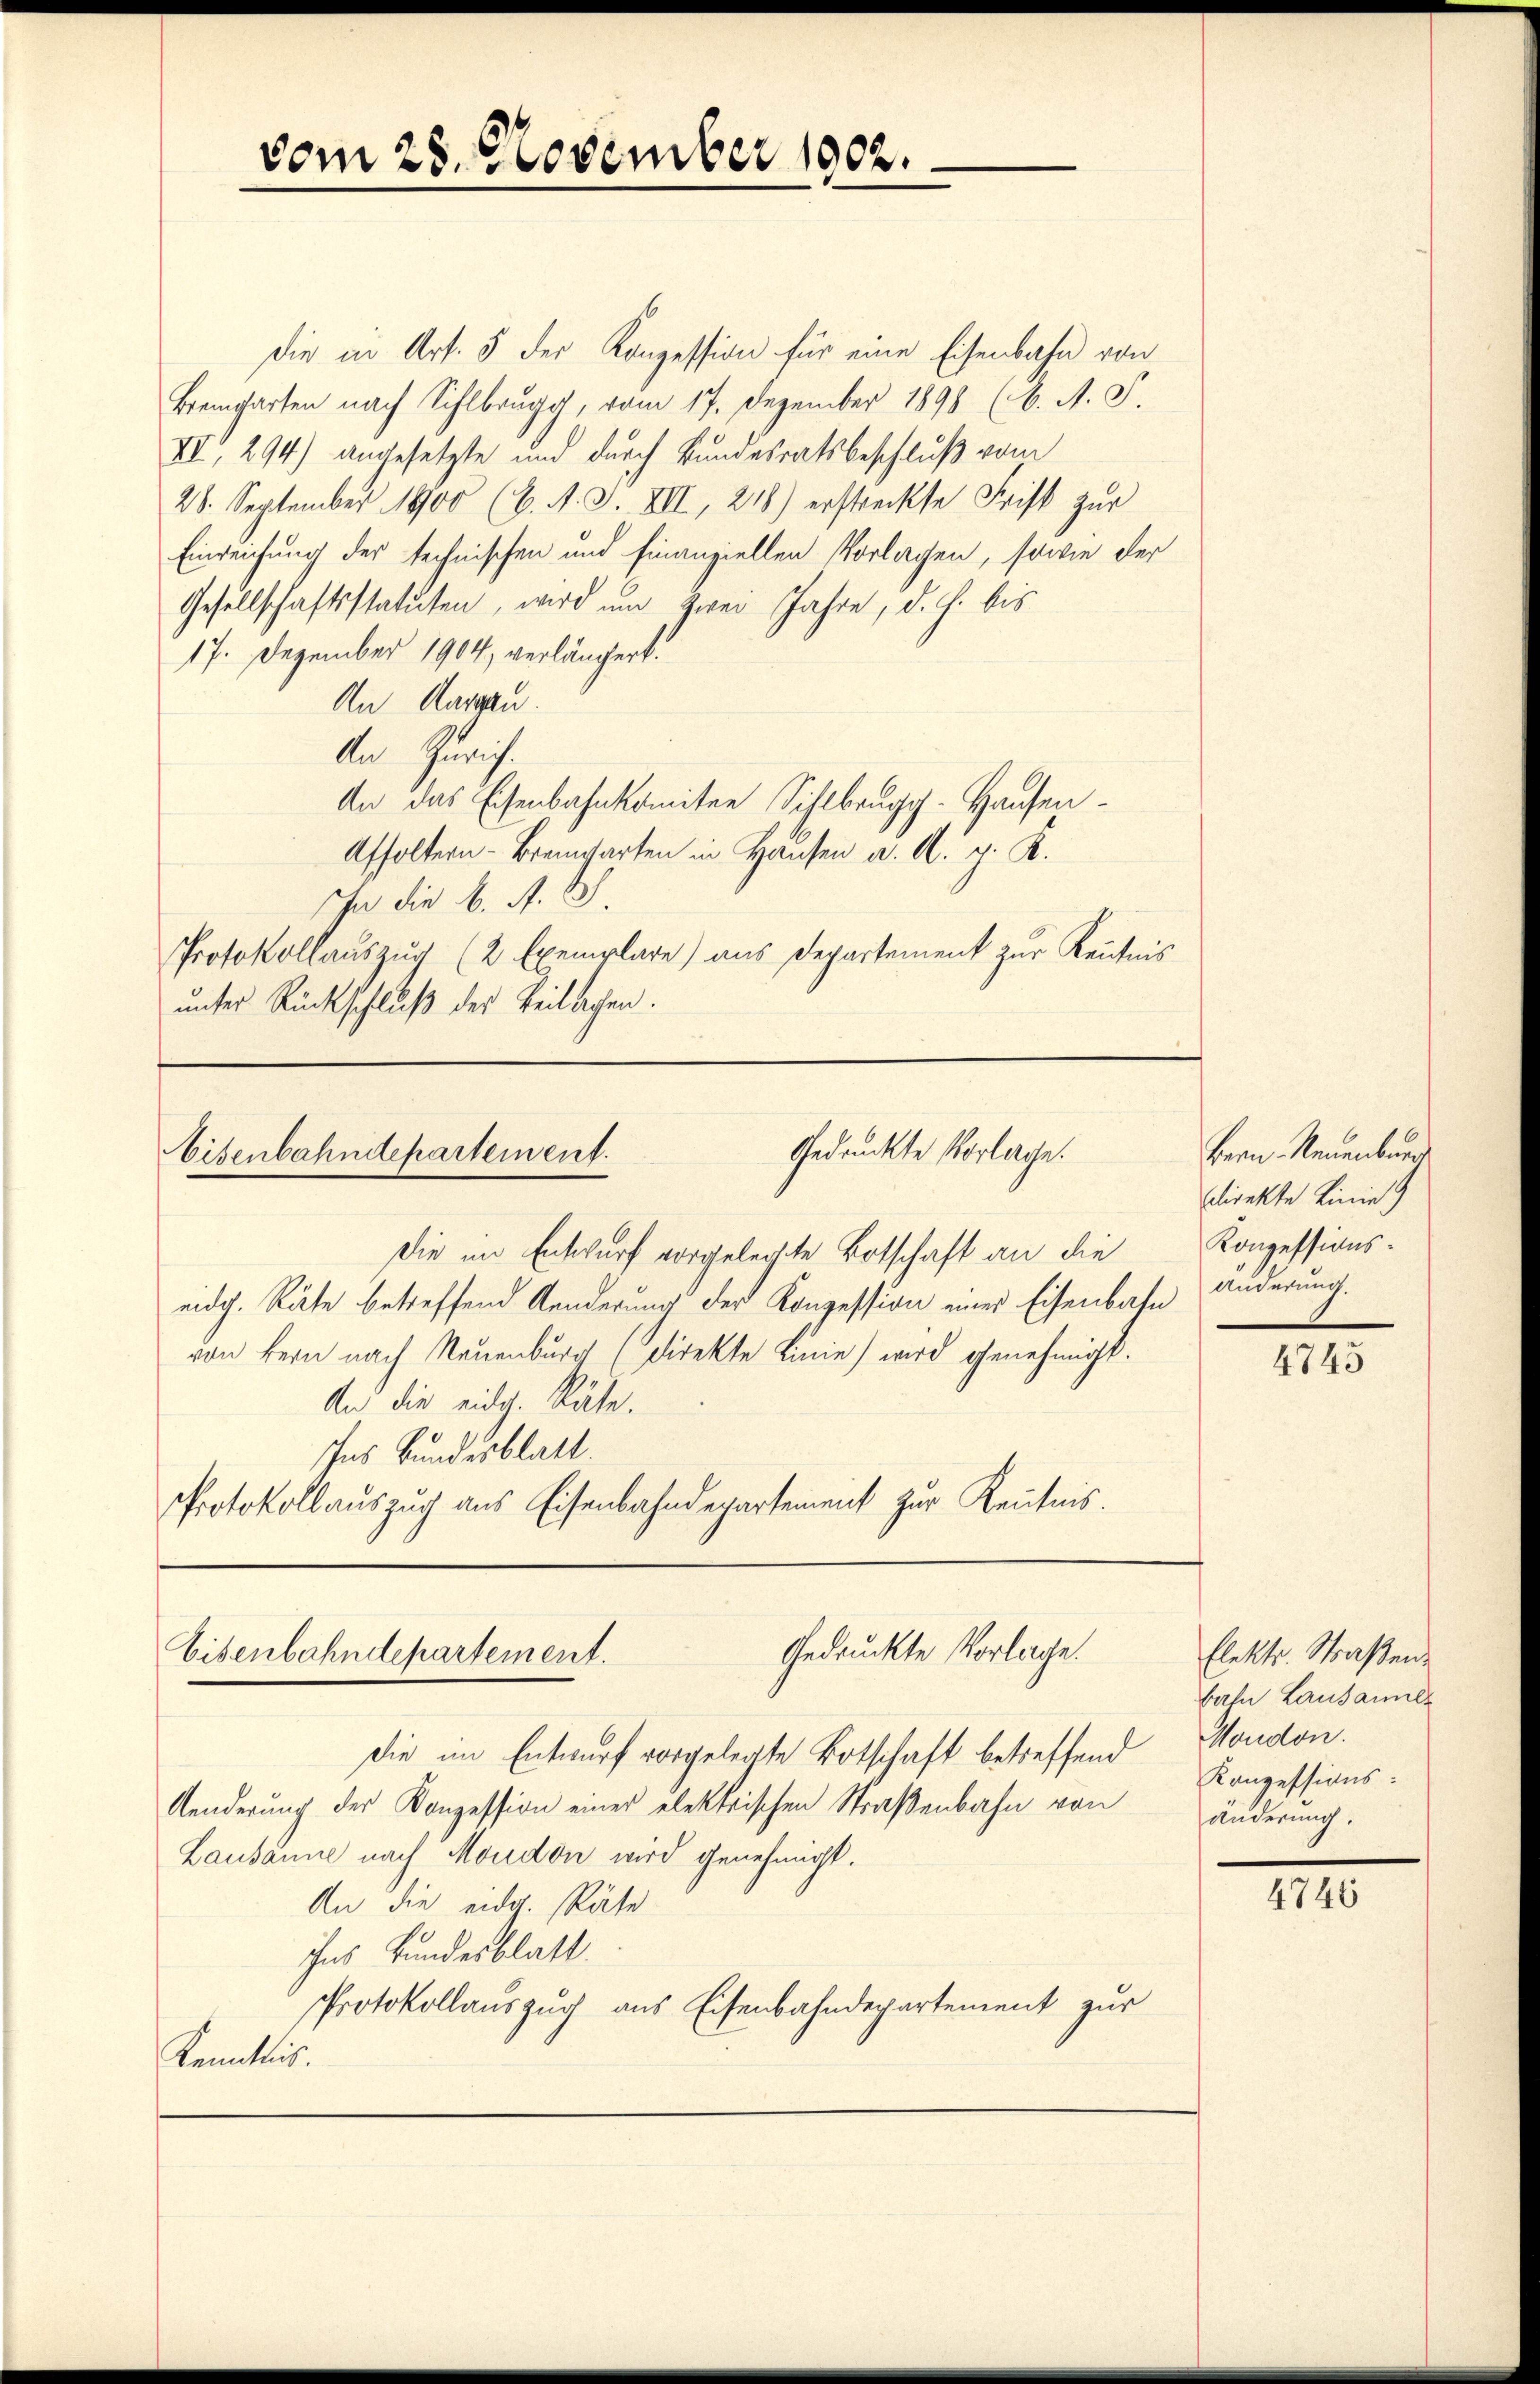
die in Art. 5 der Konzession für eine Eisenbahn von
Bremgarten nach Sihlbrug, vom 17. Dezember 1898 (6. A. S.
VII, 294) angesetzte und durch Bundesratsbeschluß vom
28. September 1900 (6. A. F. VII, 218) erstreckte Frist zur
Einreichung der technischen und finanziellen Vorlagen, sowie der
Gesellschaftsstatuten, wird um zwei Jahre, d. h. bis
17. Dezember 1904, verlängert.
An Aargau.
An Zürich.
An das Eisenbahnkomiten Sihlbrugg. Hausen¬
Affoltern-Brennbarten in Hausen a. A. g. K.
In die K. A. S.
Protokollaŭszŭg (2 Exemplare) aus Departement zŭr Kenntnis
unter Rückschluß des Beilagen.

Gedrückte Vorlage.
Eisenbahndepartement.

Die im Entwurf vorgelegte Botschaft an die
eidg. Räte betreffend Aenderung der Konzession einer Eisenbahn
von kern nach Neuenburg (direkte Linie) wird genehmigt.
An die eidg. Räte.
Ins Bundesblatt.
Protokollauszug aus Eisenbahndepartement zur Kenntnis.

Gedruckte Vorlage.
Eisenbahndepartement.

vom 28. November 1902.

die im Entwurf vorgelegte Botschaft betreffend
Aenderung des Konzession eines elektrischen Straßenbahn von
Lausanne nach Moudon wird genehmigt.
An die eidg. Räte
ihns Bundesblatt.
Protokollauszug aus Eisenbahndepartement zur
Kenntnis.

Bern. Neuenburg
sdirekte Linie
Konzessionsänderung.

u

4745

Elektr. Straßen:
bahn Lausannes
Moudon.
Konzessions-
änderung.

4746